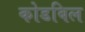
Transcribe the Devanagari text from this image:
कोडबिल